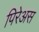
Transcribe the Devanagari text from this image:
पिरेअस